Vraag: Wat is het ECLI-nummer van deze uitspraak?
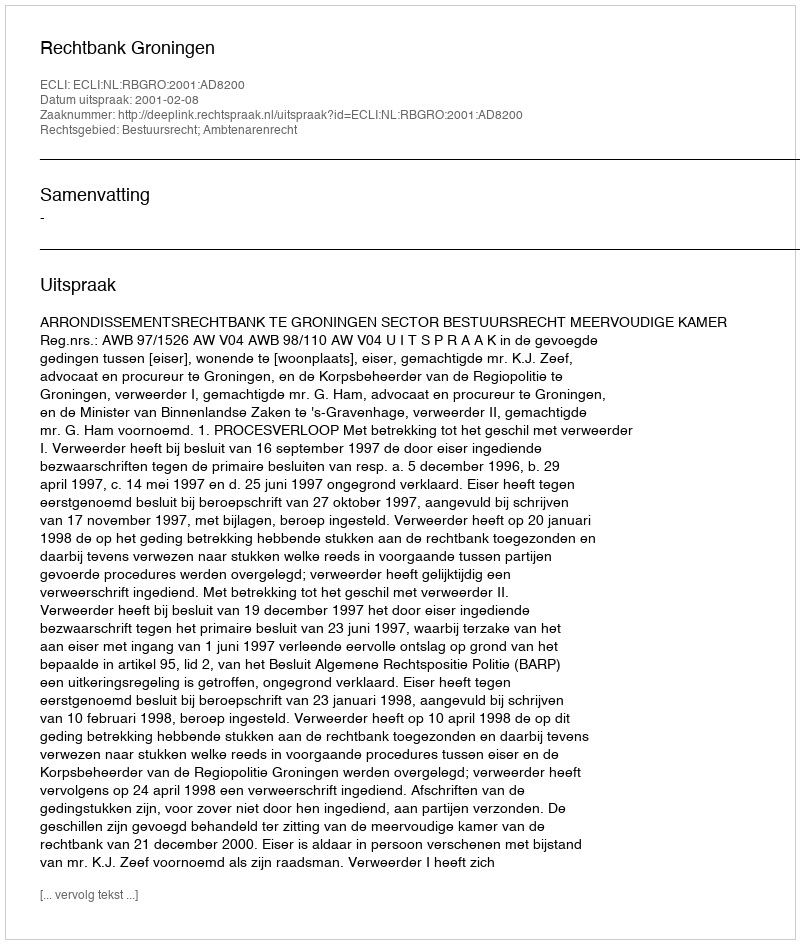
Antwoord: ECLI:NL:RBGRO:2001:AD8200